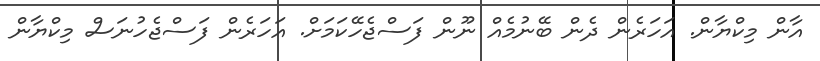
އާން މިކްޔާން. އަހަރެން ދެން ބޭނުމެއް ނޫން ފަސްޖެހޭކަމަށް. އަހަރެން ފަސްޖެހުނަސް މިކްޔާން